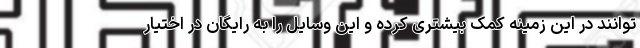
توانند در این زمینه کمک بیشتری کرده و این وسایل را به رایگان در اختیار